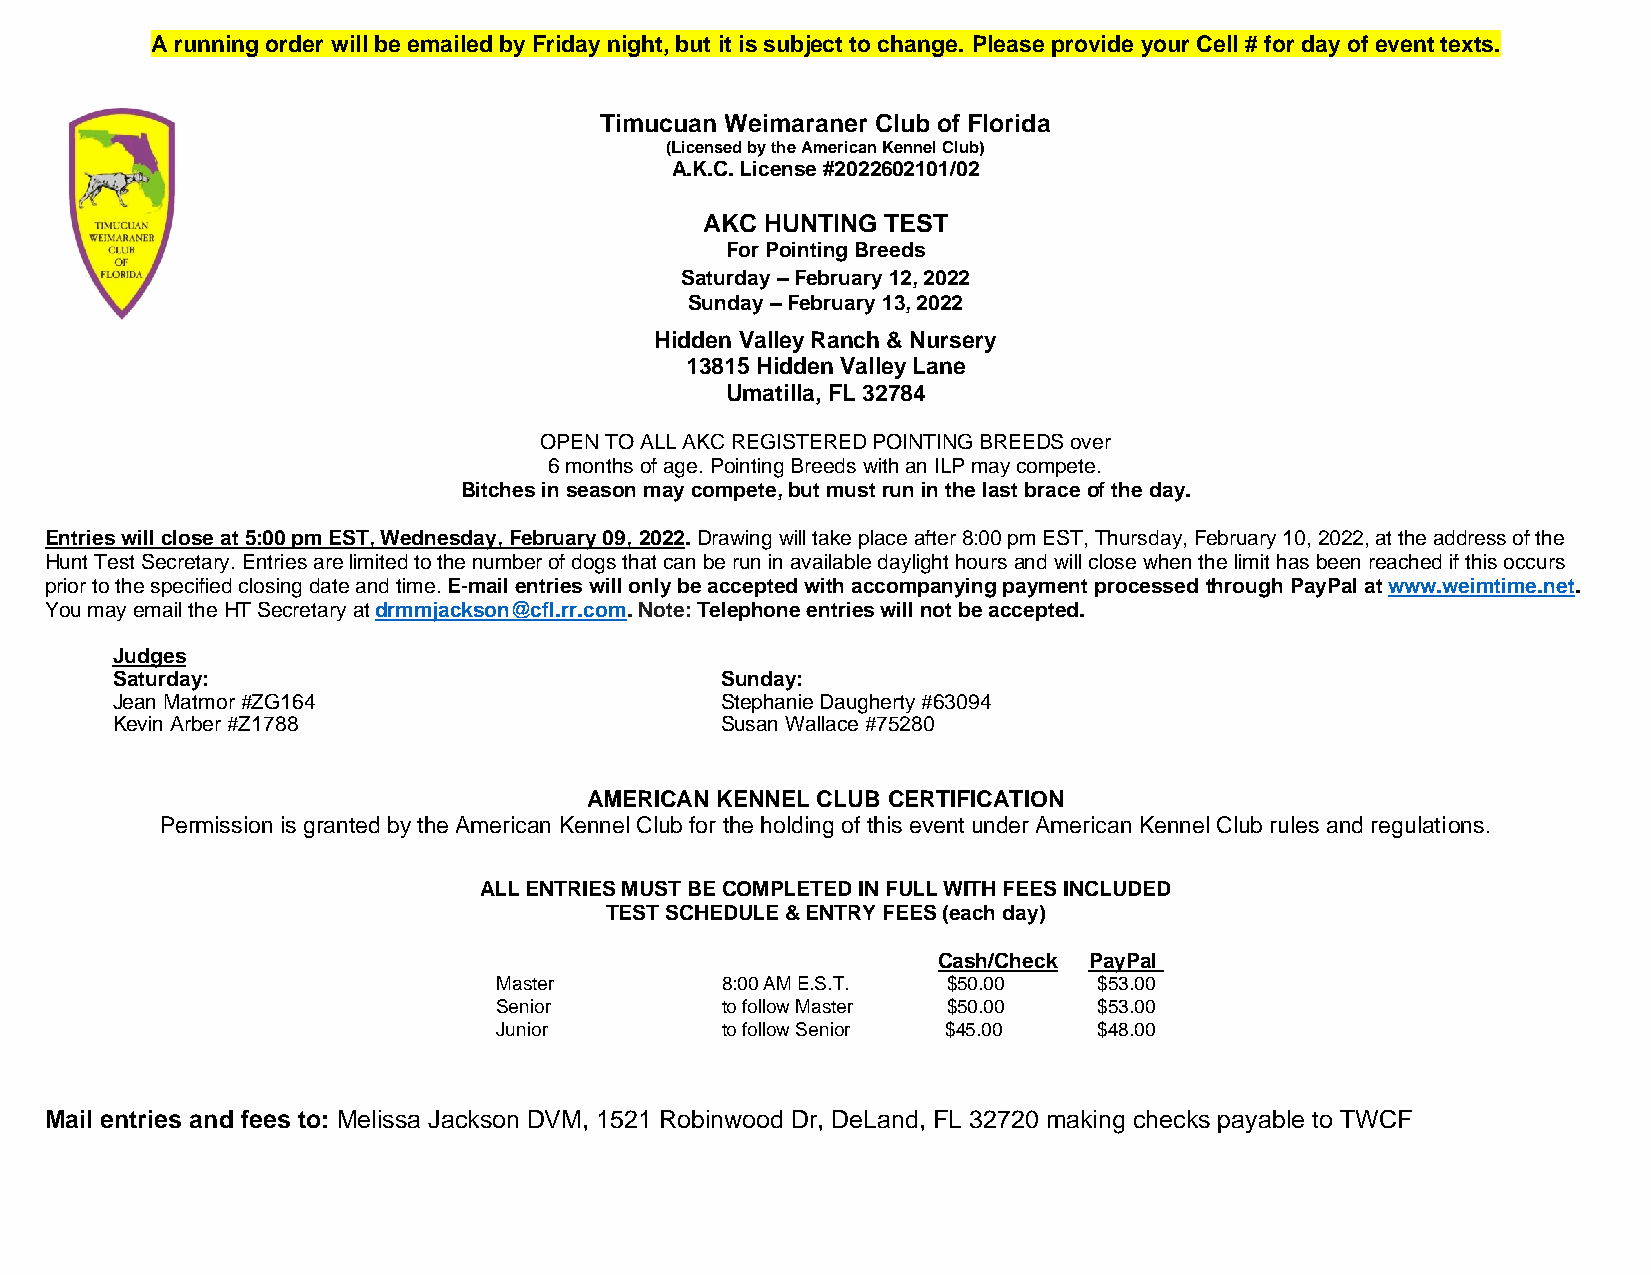
A running order will be emailed by Friday night, but it is subject to change. Please provide your Cell # for day of event texts.
 Timucuan Weimaraner Club of Florida
 (Licensed by the American Kennel Club)
 A.K.C. License #2022602101/02
 AKC  HUNTING TEST
 For Pointing Breeds
 Saturday – February 12, 2022
 Sunday – February 13, 2022
 Hidden Valley Ranch & Nursery
 13815 Hidden Valley Lane
 Umatilla, FL 32784
 OPEN TO ALL AKC REGISTERED POINTING BREEDS over
 6 months of age. Pointing Breeds with an ILP may compete.
 Bitches in season may compete, but must run in the last brace of the day.
 Entries will close at 5:00 pm EST, Wednesday, February 09, 2022. Drawing will take place after 8:00 pm EST, Thursday, February 10, 2022, at the address of the
 Hunt Test Secretary. Entries are limited to the number of dogs that can be run in available daylight hours and will close when the limit has been reached if this occurs
 prior to the specified closing date and time. E-mail entries will only be accepted with accompanying payment processed through PayPal at www.weimtime.net.
 You may email the HT Secretary at drmmjackson@cfl.rr.com. Note: Telephone entries will not be accepted.
 Judges
 Saturday:                                Sunday:
 Jean Matmor #ZG164                       Stephanie Daugherty #63094
 Kevin Arber #Z1788                       Susan Wallace #75280
 AMERICAN KENNEL CLUB CERTIFICATION
 Permission is granted by the American Kennel Club for the holding of this event under American Kennel Club rules and regulations.
 ALL ENTRIES MUST BE COMPLETED IN FULL WITH FEES INCLUDED
 TEST SCHEDULE & ENTRY FEES (each day)
 Cash/Check PayPal
 Master         8:00 AM E.S.T. $50.00    $53.00
 Senior         to follow Master $50.00  $53.00
 Junior         to follow Senior $45.00  $48.00
 Mail entries and fees to: Melissa Jackson DVM, 1521 Robinwood Dr, DeLand, FL 32720 making checks payable to TWCF